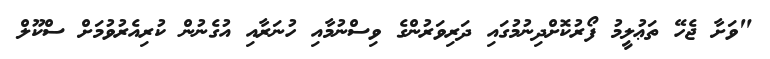
"ވަށާ ޖެހޭ ތަޢުލީމު ފޯރުކޮށްދިނުމުގައި ދަރިވަރުންގެ ވިސްނުމާއި ހުނަރާއި އުގެނުން ކުރިއެރުވުމަށް ސްކޫލް